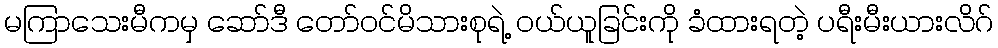
မကြာသေးမီကမှ ဆော်ဒီ တော်ဝင်မိသားစုရဲ့ ဝယ်ယူခြင်းကို ခံထားရတဲ့ ပရီးမီးယားလိဂ်